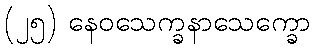
(၂၅) နေဝသေက္ခနာသေက္ခော